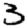
Digit: 3